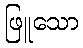
ဖြူသော